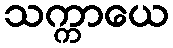
သက္ကာယေ